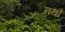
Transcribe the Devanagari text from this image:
तथौ